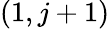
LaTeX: \left(1,j+1\right)